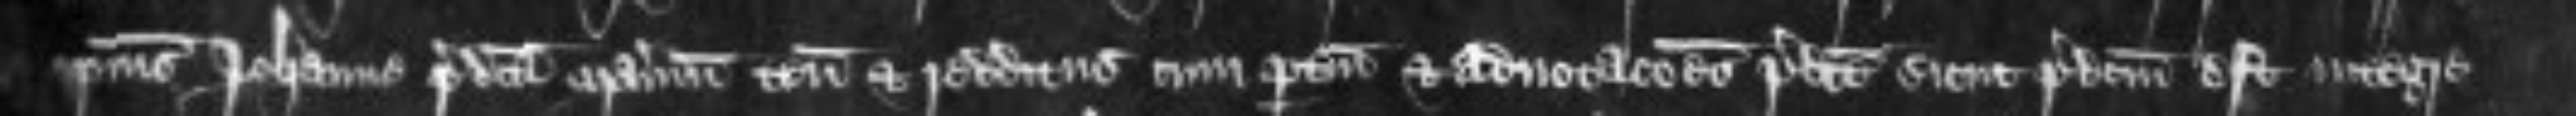
ipsius Johanne predicta manerium tenementa et redditus cum pertinenciis et advocationes predicte sicut predictum est integre